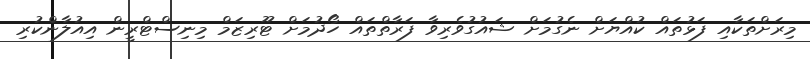
މިރަށްތަކާއި ފަޅުތައް ކުއްޔަށް ނެގުމަށް ޝައުގުވެރިވާ ފަރާތްތައް ހޯދުމަށް ޓޫރިޒަމް މިނިސްޓްރީން އިއުލާންކުރި